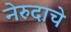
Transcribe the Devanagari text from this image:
नेरुदाचे